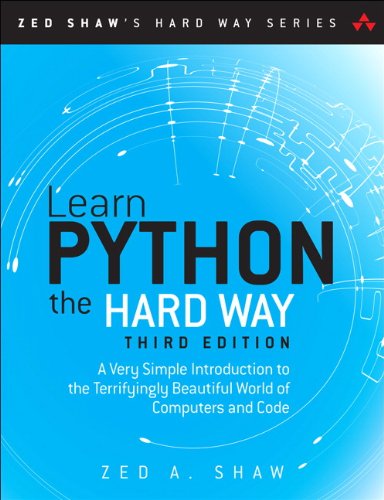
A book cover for Learn Python the Hard Way: A Very Simple Introduction to the Terrifyingly Beautiful World of Computers and Code (3rd Edition) (Zed Shaw's Hard Way Series); Zed A. Shaw; Computers & Technology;